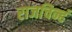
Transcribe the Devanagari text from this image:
राजचिन्हं